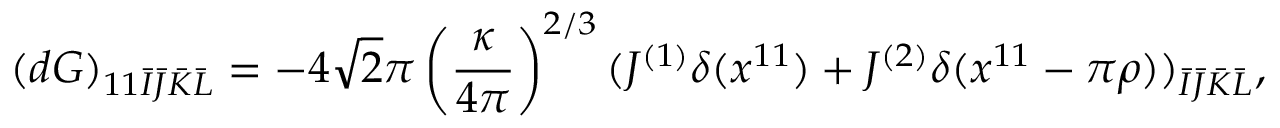
( d G ) _ { 1 1 \bar { I } \bar { J } \bar { K } \bar { L } } = - 4 \sqrt { 2 } \pi \left( \frac { \kappa } { 4 \pi } \right) ^ { 2 / 3 } ( J ^ { ( 1 ) } \delta ( x ^ { 1 1 } ) + J ^ { ( 2 ) } \delta ( x ^ { 1 1 } - \pi \rho ) ) _ { \bar { I } \bar { J } \bar { K } \bar { L } } ,